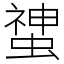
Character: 䗝